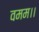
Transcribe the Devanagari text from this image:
वमम।।